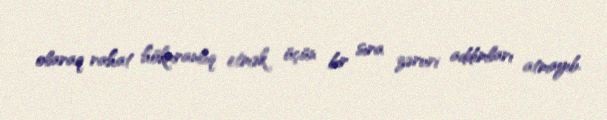
olaraq rahat hökmranlıq etmək üçün bir sıra zəruri addımları atmayıb.